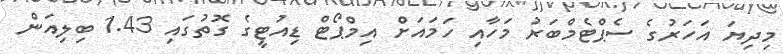
މިދިޔަ އަހަރުގެ ސެޕްޓެމްބަރު މަހާއި ހަމައަށް އިމްޕޯޓް ޑިއުޓީގެ ގޮތުގައި 1.43 ބިލިއަން